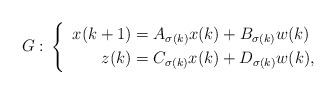
LaTeX: \begin{align*} G: \,\left\{\enspace\begin{aligned} x(k+1) &= A_{\sigma(k)} x(k) + B_{\sigma(k)} w(k) \\ z(k) &= C_{\sigma(k)} x(k) + D_{\sigma(k)} w(k), \end{aligned}\right.\end{align*}